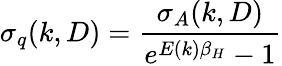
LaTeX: \sigma_{q}(k,D)=\frac{\sigma_{A}(k,D)}{e^{E(k)\beta_{H}}-1}